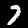
Digit: 7